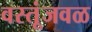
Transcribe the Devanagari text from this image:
वस्तूंजवळ